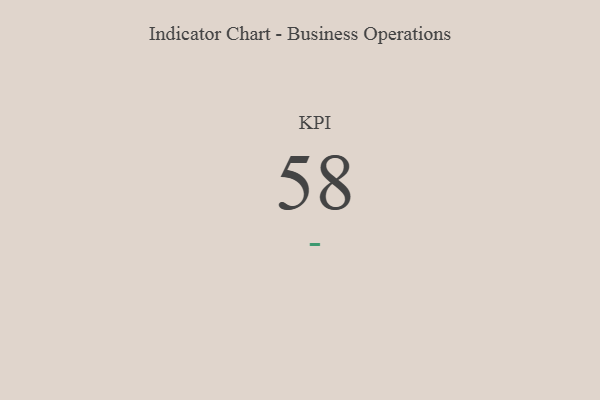
{"axis": {"x": "KPI", "y": "Value"}, "legend": [""], "data": [{"x": "KPI", "y": 58, "type": ""}]}